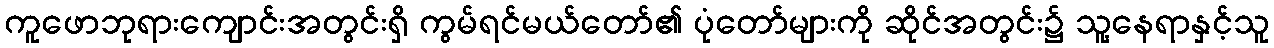
ကူဖောဘုရားကျောင်းအတွင်းရှိ ကွမ်ရင်မယ်တော်၏ ပုံတော်များကို ဆိုင်အတွင်း၌ သူ့နေရာနှင့်သူ